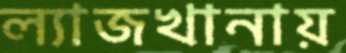
ল্যাজখানায়